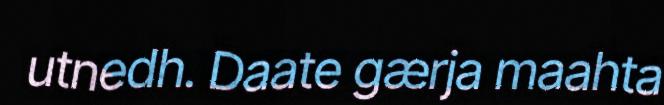
utnedh. Daate gærja maahta